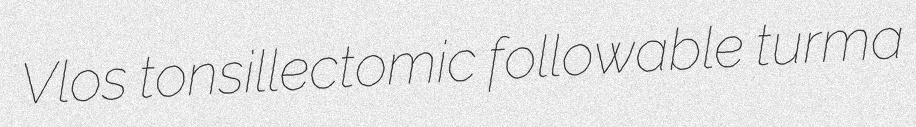
Vlos tonsillectomic followable turma